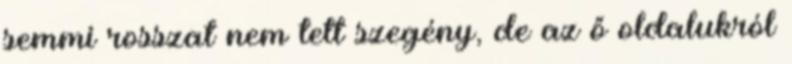
semmi rosszat nem tett szegény, de az ő oldalukról